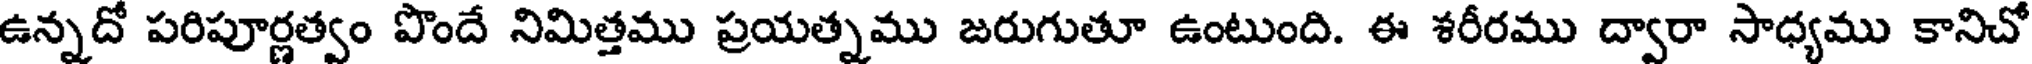
ఉన్నదో పరిపూర్ణత్వం పొందే నిమిత్తము ప్రయత్నము జరుగుతూ ఉంటుంది. ఈ శరీరము ద్వారా సాధ్యము కానిచో